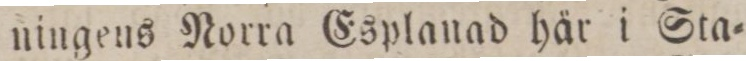
ningens Norra Esplanad här i Sta=